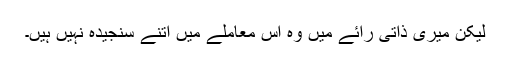
لیکن میری ذاتی رائے میں وہ اس معاملے میں اتنے سنجیدہ نہیں ہیں۔